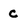
Character: c